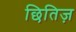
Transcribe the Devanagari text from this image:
छितिज़